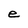
Character: e